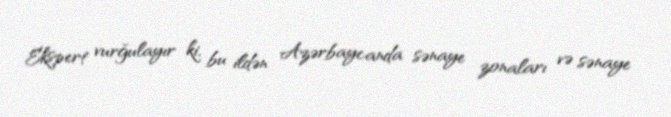
Ekspert vurğulayır ki, bu ildən Azərbaycanda sənaye zonaları və sənaye